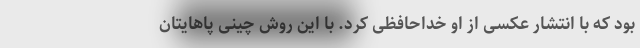
بود که با انتشار عکسی از او خداحافظی کرد. با این روش چینی پاهایتان